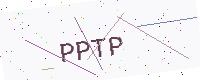
Text: PPTP